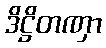
ဒိဋ္ဌိတဏှာ